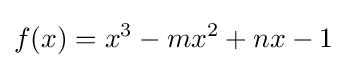
f(x)=x^{3}-mx^{2}+nx-1